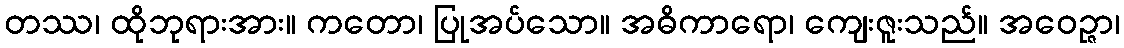
တဿ၊ ထိုဘုရားအား။ ကတော၊ ပြုအပ်သော။ အဓိကာရော၊ ကျေးဇူးသည်။ အဝေဉ္ဇာ၊